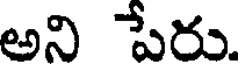
అని పేరు.